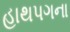
હાથપગના